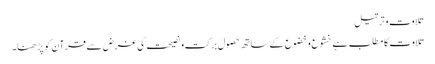
تلاوت وترتیل
تلاوت کا مطلب ہے خشوع وخضوع کے ساتھ حصولِ برکت ونصیحت کی غرض سے قرآن کو پڑھنا۔